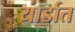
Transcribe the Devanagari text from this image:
यार्डात